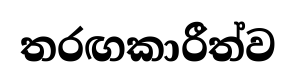
තරඟකාරීත්ව